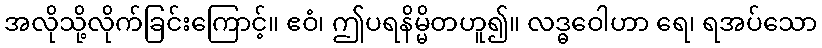
အလိုသို့လိုက်ခြင်းကြောင့်။ ဧဝံ၊ ဤပရနိမ္မိတဟူ၍။ လဒ္ဓဝေါဟာ ရေ၊ ရအပ်သော